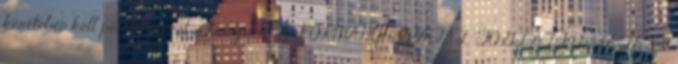
keretében kell pótolni ezeket a hiányokat A KORMÁNYHIVATAL FOGLALKOZTATÁSI